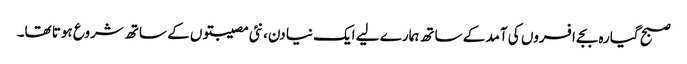
صبح گیارہ بجے افسروں کی آمد کے ساتھ ہمارے لیے ایک نیا دن، نئی مصیبتوں کے ساتھ شروع ہوتا تھا۔